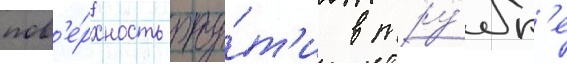
пов'е́рхность рту́т'и в тру́бк'е